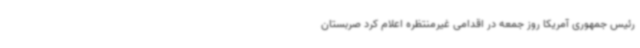
رئیس جمهوری آمریکا روز جمعه در اقدامی غیرمنتظره اعلام کرد صربستان